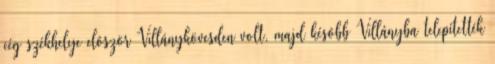
cég székhelye elôször Villánykövesden volt, majd késôbb Villányba telepítették